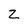
Character: z